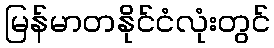
မြန်မာတနိုင်ငံလုံးတွင်